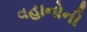
વહાનોની